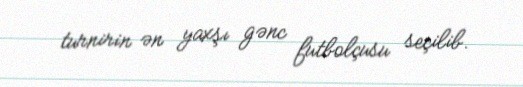
turnirin ən yaxşı gənc futbolçusu seçilib.